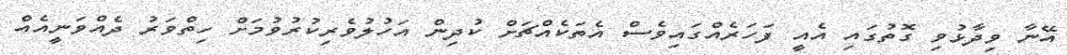
އޭނާ ވިދާޅުވި ގޮތުގައި އެއީ ފަހަރެއްގައިވެސް އެތަކެއްޗަށް ކުދިން އަހުލުވެރިކުރުވުމަށް ހިތްވަރު ދެއްވަނީއެއް